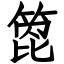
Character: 箆